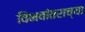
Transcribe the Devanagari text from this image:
विभवांतराच्या